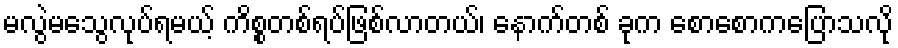
မလွဲမသွေလုပ်ရမယ့် ကိစ္စတစ်ရပ်ဖြစ်လာတယ်၊ နောက်တစ် ခုက စောစောကပြောသလို